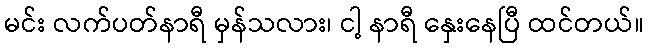
မင်း လက်ပတ်နာရီ မှန်သလား၊ ငါ့ နာရီ နှေးနေပြီ ထင်တယ်။